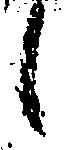
候